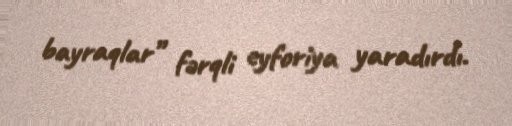
bayraqlar” fərqli eyforiya yaradırdı.